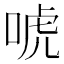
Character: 唬